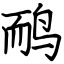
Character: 鸸